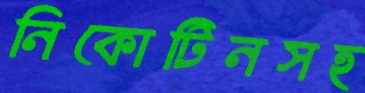
নিকোটিনসহ